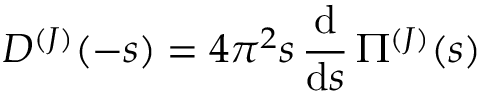
D ^ { ( J ) } ( - s ) = 4 \pi ^ { 2 } s \, { \frac { \mathrm { d } } { \mathrm { d } s } } \, \Pi ^ { ( J ) } ( s )